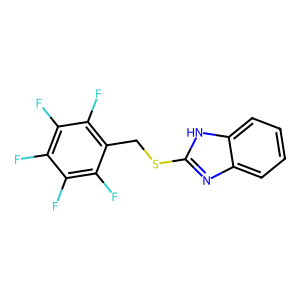
SMILES: Fc1c(F)c(F)c(CSc2nc3ccccc3[nH]2)c(F)c1F
Inhibits HIV replication: No